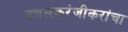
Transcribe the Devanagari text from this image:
इचलकरंजीकरांचा